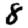
Digit: 8